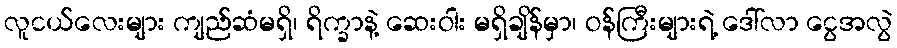
လူငယ်လေးများ ကျည်ဆံမရှိ၊ ရိက္ခာနဲ့ ဆေးဝါး မရှိချိန်မှာ၊ ဝန်ကြီးများရဲ့ ဒေါ်လာ ငွေအလွဲ